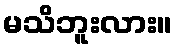
မသိဘူးလား။